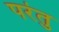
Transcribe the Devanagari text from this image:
परंतु